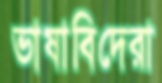
ভাষাবিদেরা